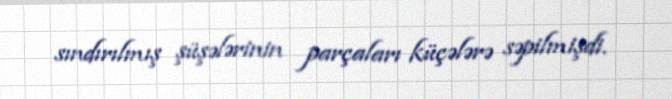
sındırılmış şüşələrinin parçaları küçələrə səpilmişdi.